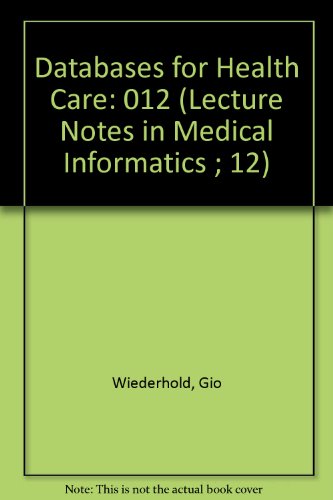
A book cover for Databases for Health Care (Lecture Notes in Medical Informatics ; 12); Gio Wiederhold; Medical Books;